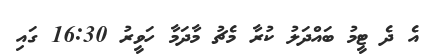
އެ ދެ ޓީމު ބައްދަލު ކުރާ މެޗު މާދަމާ ހަވީރު 16:30 ގައި